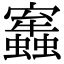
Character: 𧔂